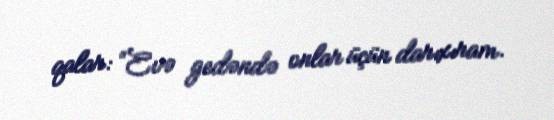
qalar: “Evə gedəndə onlar üçün darıxıram.